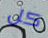
كل